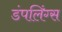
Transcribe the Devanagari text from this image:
डंपलिंग्स